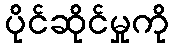
ပိုင်ဆိုင်မှုကို